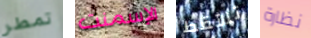
تمطر الإسمنت تلتقط نظارة